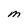
Character: M